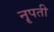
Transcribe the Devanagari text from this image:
नॄपती